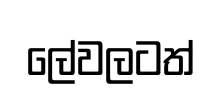
ලේවලටත්